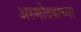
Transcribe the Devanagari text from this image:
अरुणोदयाच्या